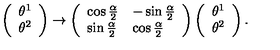
\left( \begin{array} { l } { \theta ^ { 1 } } \\ { \theta ^ { 2 } } \\ \end{array} \right) \rightarrow \left( \begin{array} { l l } { \cos \frac { \alpha } { 2 } } & { - \sin \frac { \alpha } { 2 } } \\ { \sin \frac { \alpha } { 2 } } & { \cos \frac { \alpha } { 2 } } \\ \end{array} \right) \left( \begin{array} { l } { \theta ^ { 1 } } \\ { \theta ^ { 2 } } \\ \end{array} \right) .